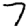
Digit: 7